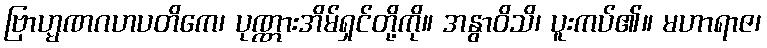
ဗြာဟ္မဏဂဟပတိကေ၊ ပုဏ္ဏားအိမ်ရှင်တို့ကို။ အနွာဝိသိ၊ ပူးကပ်၏။ မဟာရာဇ၊